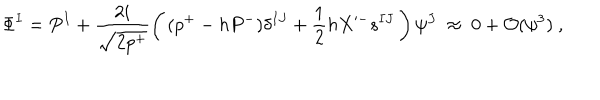
\Phi ^ { I } = P ^ { I } + \frac { 2 i } { \sqrt { 2 p ^ { + } } } \left( \, ( p ^ { + } - h P ^ { - } ) \delta ^ { I J } + \frac { 1 } { 2 } h X ^ { - } s ^ { I J } \, \right) \psi ^ { J } ~ \approx ~ 0 + { \cal O } ( \psi ^ { 3 } ) ~ ,